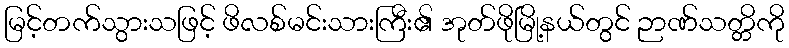
မြင့်တက်သွားသဖြင့် ဖိလစ်မင်းသားကြီး၏ အုတ်ဖိုမြို့နယ်တွင် ဉာဏ်သတ္တိကို